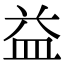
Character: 益